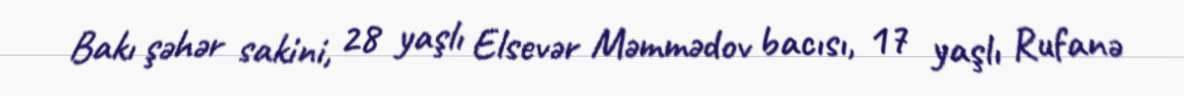
Bakı şəhər sakini, 28 yaşlı Elsevər Məmmədov bacısı, 17 yaşlı Rufanə